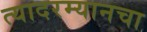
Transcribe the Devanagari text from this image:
त्यादरम्यानचा